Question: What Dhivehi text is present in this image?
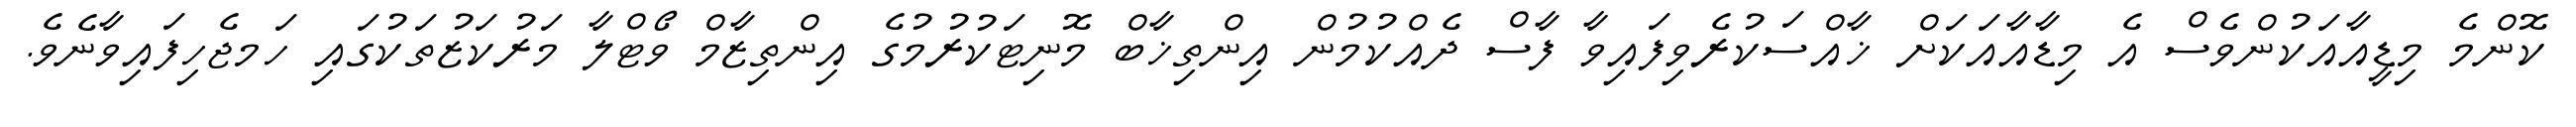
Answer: ކޮންމެ މިޑީއާއަކުންވެސް އެ މިޑާއާއަކަށް ޚާއްސަކުރެވިފައިވާ ފާސް ދެއްކުމުން އިންތިޚާބް މޮނިޓަކުރުމުގެ އިންތިޒާމް ވޯޓްލާ މަރުކަޒުތަކުގައި ހަމޖެހިފައިވާނެވެ.